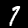
Digit: 7